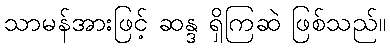
သာမန်အားဖြင့် ဆန္ဒ ရှိကြဆဲ ဖြစ်သည်။